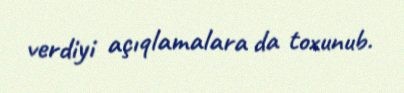
verdiyi açıqlamalara da toxunub.